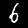
Digit: 6